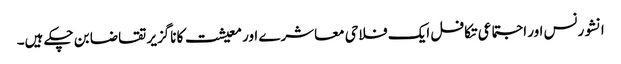
انشورنس اور اجتماعی تکافل ایک فلاحی معاشرے اور معیشت کا ناگزیر تقاضا بن چکے ہیں۔